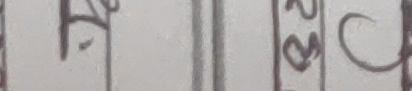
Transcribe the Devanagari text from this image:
प || ३ ट